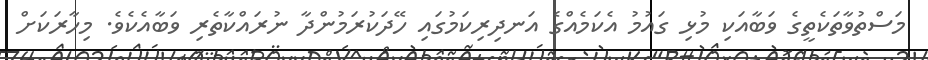
މަސްތުވާތަކެތީގެ ވަބާއަކި މުޅި ގައުމު އެކަމެއްގެ އަނދިރިކަމުގައި ހޭދަކުރަމުންދާ ނުރައްކާތެރި ވަބާއެކެވެ. މިހާރަކަށް